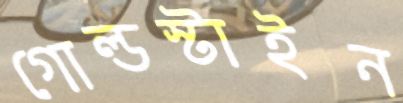
গোল্ডস্টাইন